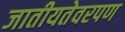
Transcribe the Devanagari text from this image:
जातीयतेवरपण